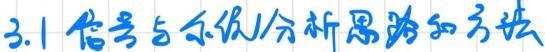
3.1 信号与系统分析思路和方法